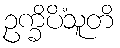
ဥက္ခိပိံသူတိ